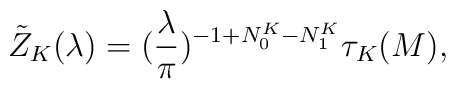
\tilde{Z}_K(\lambda) = (\frac{\lambda}{\pi})^{-1+N_0^K-N_1^K}\tau_K(M),